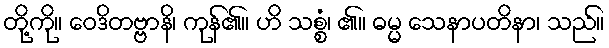
တို့ကို။ ဝေဒိတဗ္ဗာနိ၊ ကုန်၏။ ဟိ သစ္စံ၊ ၏။ ဓမ္မ သေနာပတိနာ၊ သည်။